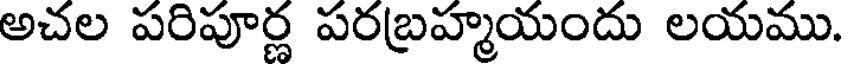
అచల పరిపూర్ణ పరబ్రహ్మయందు లయము.